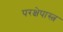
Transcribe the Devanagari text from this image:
परक्षेपास्त्र